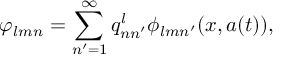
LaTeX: \varphi _ { l m n } = \sum _ { n ^ { \prime } = 1 } ^ { \infty } q _ { n n ^ { \prime } } ^ { l } \phi _ { l m n ^ { \prime } } ( x , a ( t ) ) ,